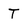
Character: t